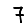
Digit: 7